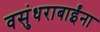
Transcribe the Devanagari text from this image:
वसुंधराबाईंना